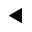
\blacktriangleleft